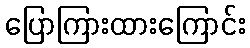
ပြောကြားထားကြောင်း